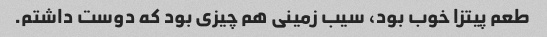
طعم پیتزا خوب بود، سیب زمینی هم چیزی بود که دوست داشتم.